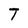
Character: T